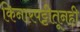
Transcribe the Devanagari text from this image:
किनारपट्टीतूनही